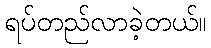
ရပ်တည်လာခဲ့တယ်။